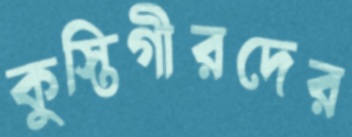
কুস্তিগীরদের